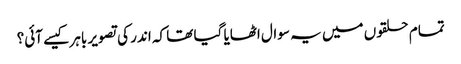
تمام حلقوں میں یہ سوال اٹھایا گیا تھا کہ اندر کی تصویر باہر کیسے آئی؟